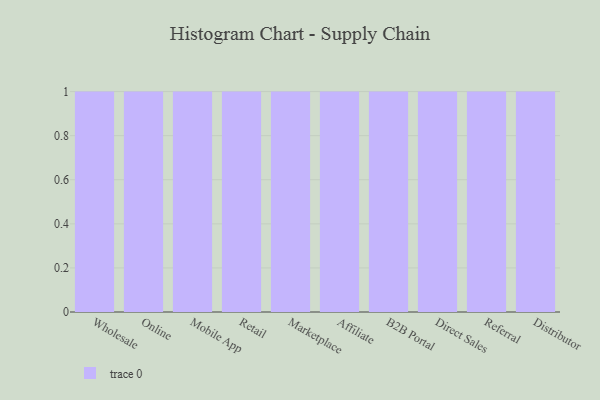
{"axis": {"x": "Channel", "y": "Production Output"}, "legend": [""], "data": [{"x": "Wholesale", "y": 84, "type": ""}, {"x": "Online", "y": 39, "type": ""}, {"x": "Mobile App", "y": 100, "type": ""}, {"x": "Retail", "y": 96, "type": ""}, {"x": "Marketplace", "y": 67, "type": ""}, {"x": "Affiliate", "y": 8, "type": ""}, {"x": "B2B Portal", "y": 93, "type": ""}, {"x": "Direct Sales", "y": 35, "type": ""}, {"x": "Referral", "y": 11, "type": ""}, {"x": "Distributor", "y": 42, "type": ""}]}